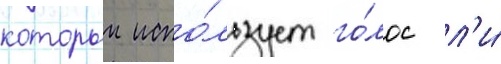
которыи испо́льзует го́лос л'и́